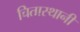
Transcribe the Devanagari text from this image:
चितास्थानी